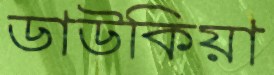
ডাউকিয়া